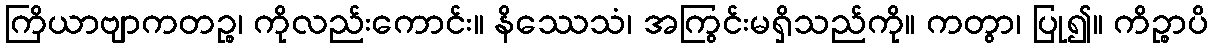
ကြိယာဗျာကတဉ္စ၊ ကိုလည်းကောင်း။ နိဿေသံ၊ အကြွင်းမရှိသည်ကို။ ကတွာ၊ ပြု၍။ ကိဉ္စာပိ